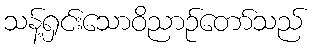
သန့်ရှင်းသောဝိညာဉ်တော်သည်